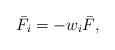
LaTeX: \begin{align*}{\bar F_i} =- {{ w}_i}{\bar F},\end{align*}